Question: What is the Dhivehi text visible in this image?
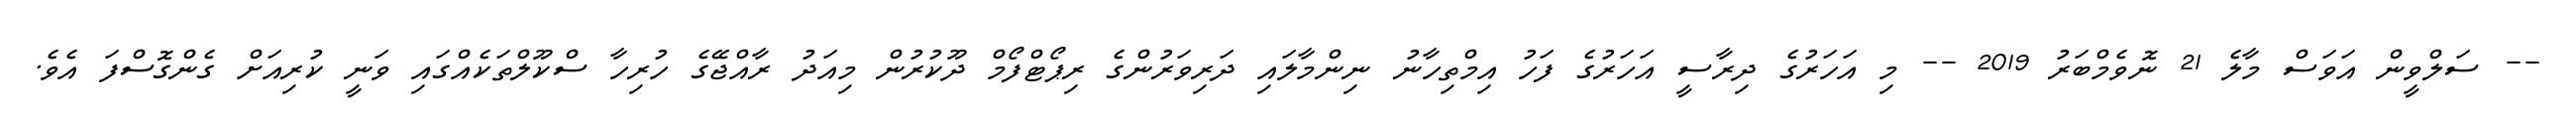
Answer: -- ސަލްވީން އަވަސް މާލެ 21 ނޮވެމްބަރު 2019 -- މި އަހަރުގެ ދިރާސީ އަހަރުގެ ފަހު އިމްތިހާނު ނިންމާލައި ދަރިވަރުންގެ ރިޕޯޓްފޯމް ދޫކުރުން މިއަދު ރާއްޖޭގެ ހުރިހާ ސްކޫލްތަކެއްގައި ވަނީ ކުރިއަށް ގެންގޮސްފަ އެވެ.